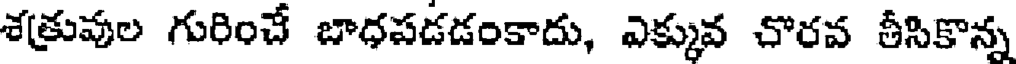
శత్రువుల గురించే బాధపడడంకాదు, ఎక్కువ చొరవ తీసికొన్న